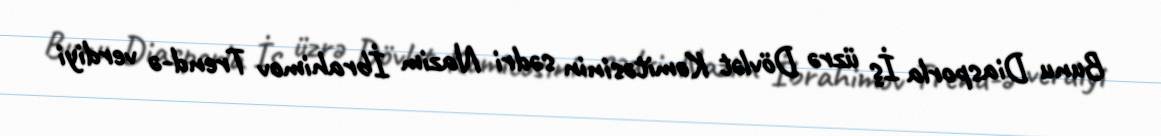
Bunu Diasporla İş üzrə Dövlət Komitəsinin sədri Nazim İbrahimov Trend-ə verdiyi